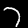
Label: 7